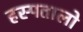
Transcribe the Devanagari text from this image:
हस्पतालो